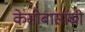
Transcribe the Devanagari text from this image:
केसोबासांची